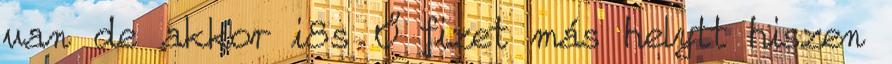
van de akkor i8s Ő fizet más helytt hiszen